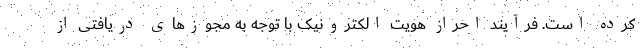
کرده است. فرآیند احراز هویت الکترونیک با توجه به مجوزهای دریافتی از